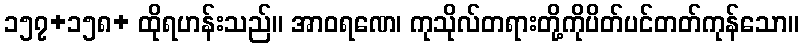
၁၅၇+၁၅၈+ ထိုရဟန်းသည်။ အာဝရဏေ၊ ကုသိုလ်တရားတို့ကိုပိတ်ပင်တတ်ကုန်သော။